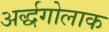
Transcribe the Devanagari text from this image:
अर्द्धगोलाक